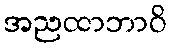
အညထာဘာဝိ